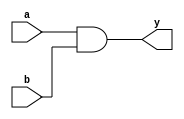
module and_gate2ip(a,b,y);
input a,b;
output y;

assign y= a&b;

endmodule